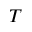
T